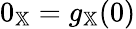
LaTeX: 0_{\mathbb{X}}=g_{\mathbb{X}}(0)